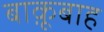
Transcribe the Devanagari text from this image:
बाक़ूबाह